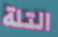
التلة